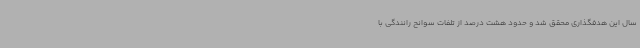
سال این هدفگذاری محقق شد و حدود هشت درصد از تلفات سوانح رانندگی با